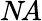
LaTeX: N\! A